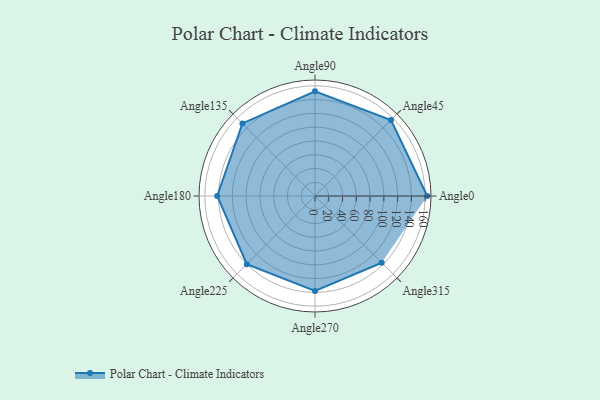
{"axis": {"x": "Angle", "y": "Radius"}, "legend": [""], "data": [{"x": "Angle0", "y": 163.0, "type": ""}, {"x": "Angle45", "y": 156.0, "type": ""}, {"x": "Angle90", "y": 152.0, "type": ""}, {"x": "Angle135", "y": 149.0, "type": ""}, {"x": "Angle180", "y": 142.0, "type": ""}, {"x": "Angle225", "y": 140.0, "type": ""}, {"x": "Angle270", "y": 138.0, "type": ""}, {"x": "Angle315", "y": 137.0, "type": ""}]}